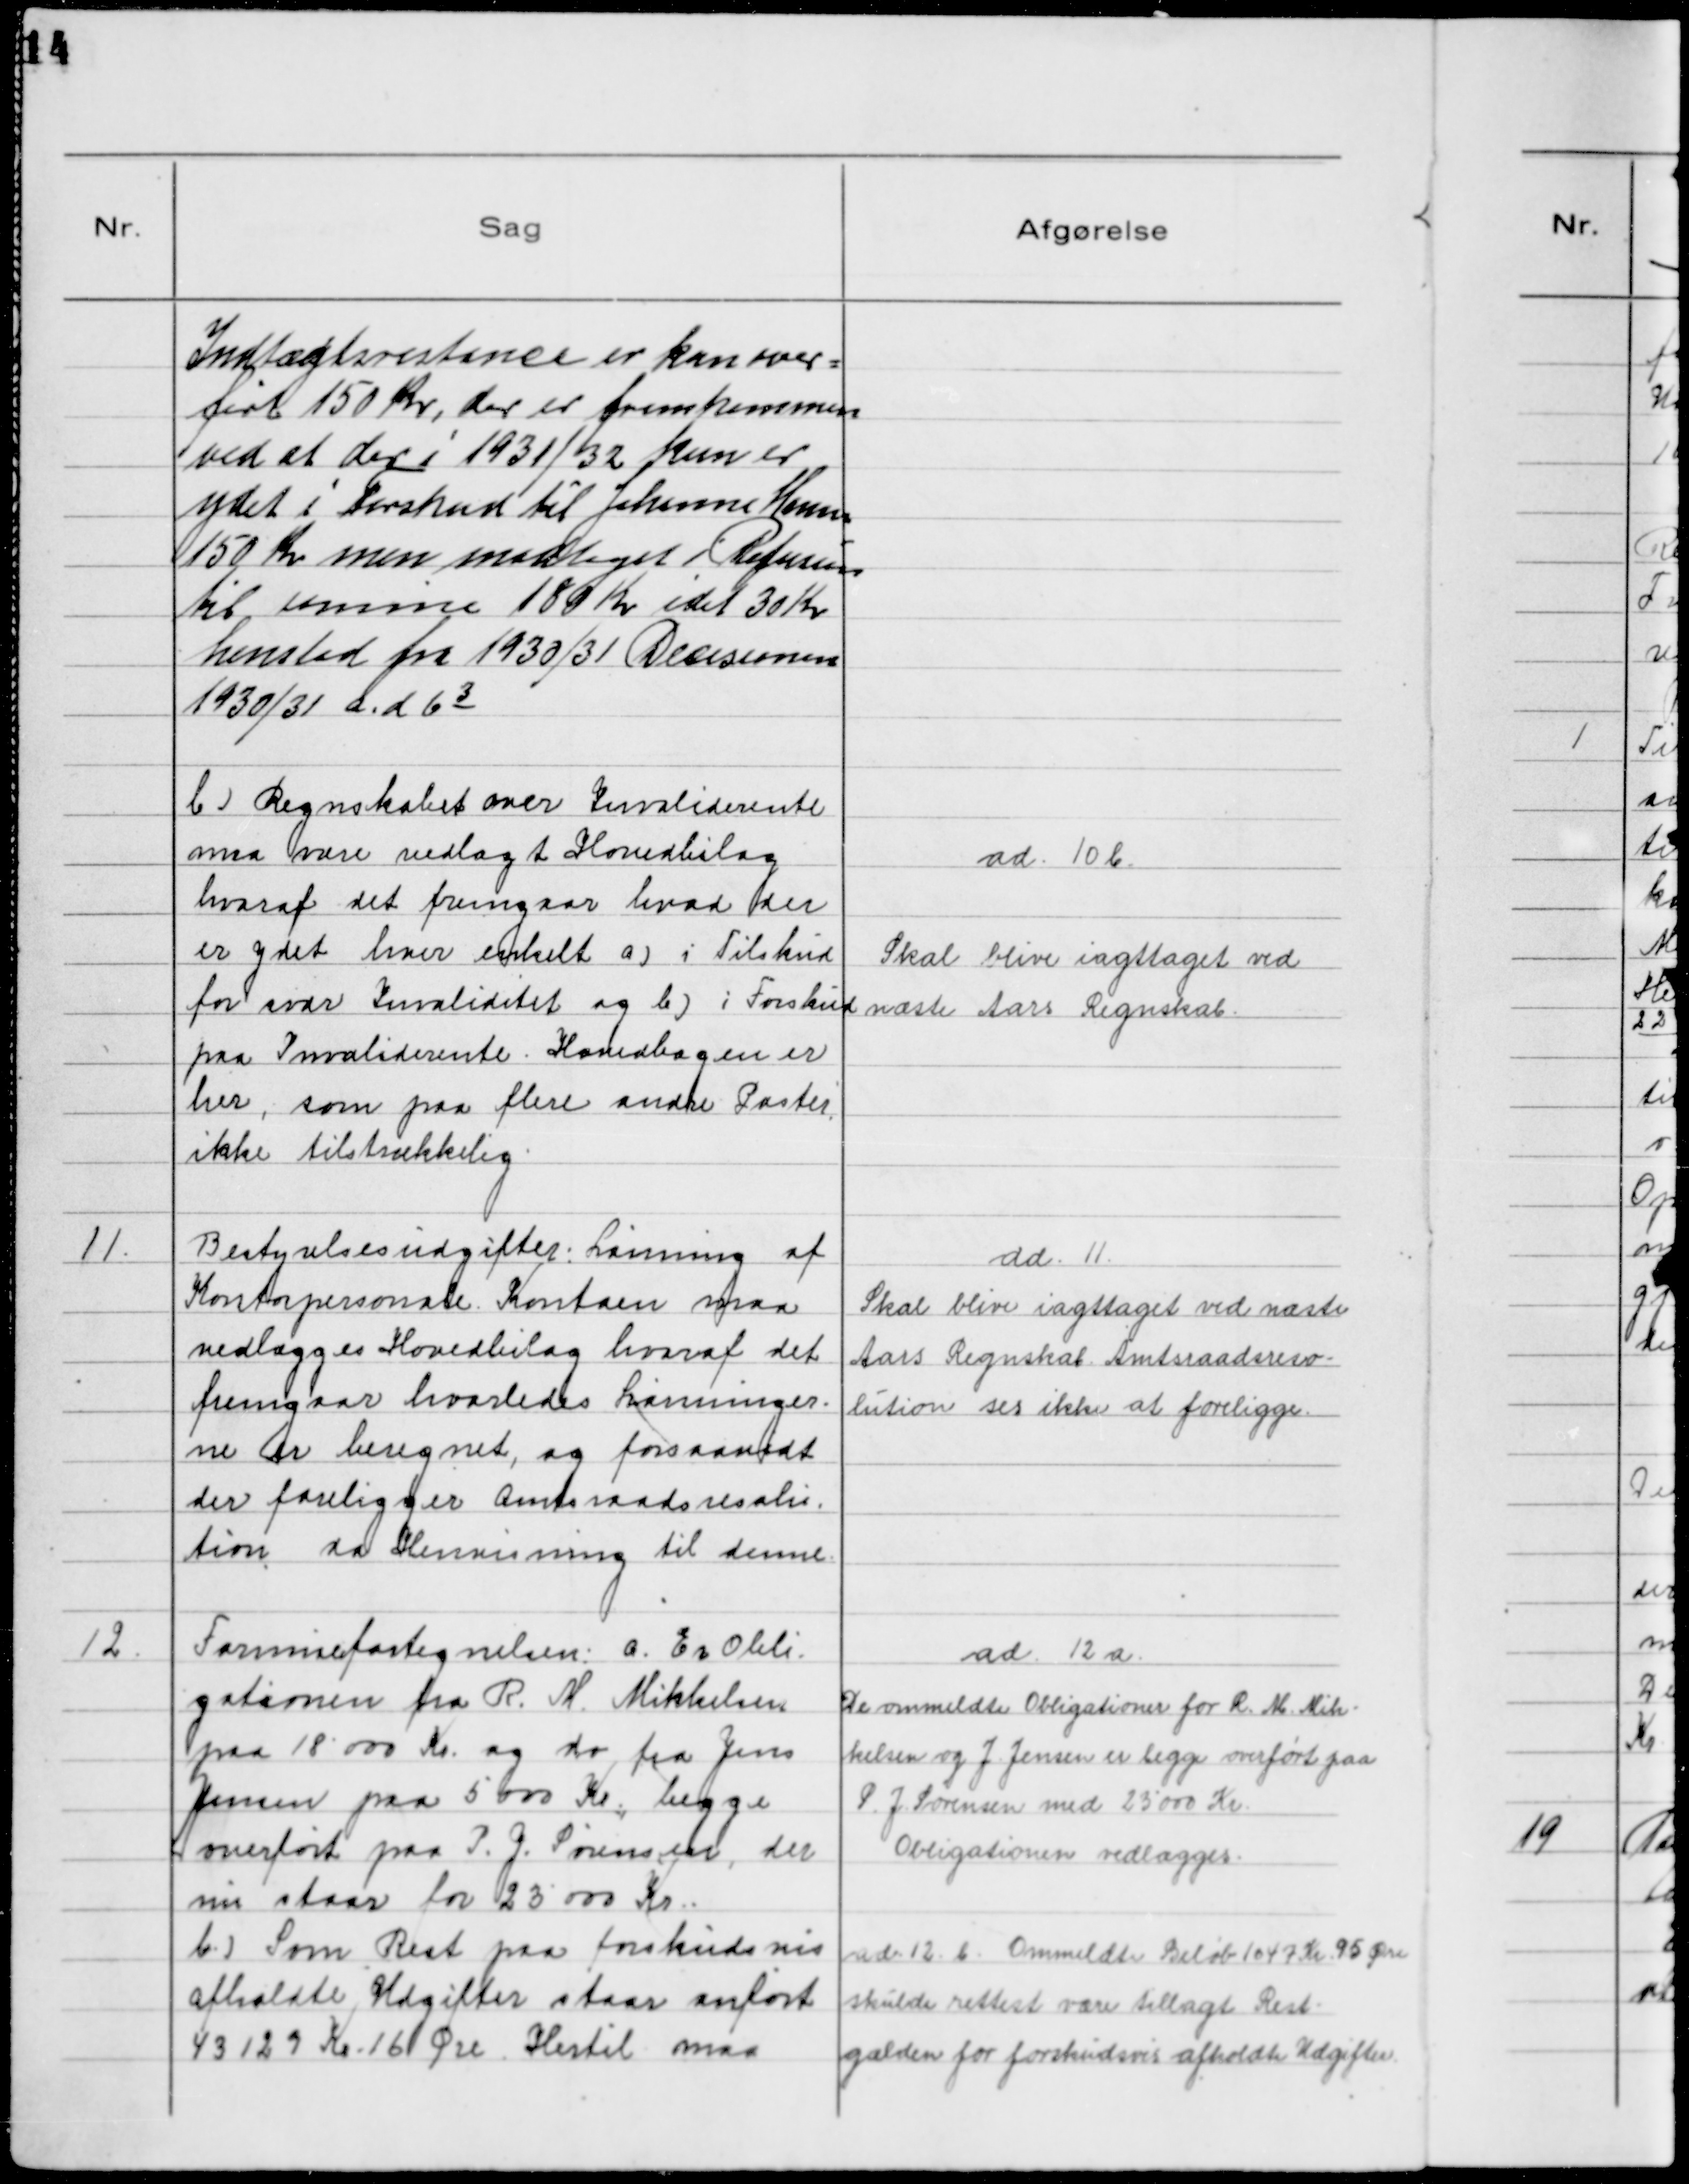
Transskription:
Indtægtsrestance er kun over-
ført 150 Kr, der er fremkommen
ved at der i 1931/32 kun er
ydet i Forskud til Johanne Hansen
150 Kr men medtaget i Refusion
til samme 180 Kr idet 30 Kr
henstod fra 1930/31 Decisionen
1930/31 a. d 6 3

b)Regnskabet over Invaliderente
maa være vedlagt Hovedbilag
hvoraf det fremgaar hvad der
er ydet hver enkelt a)i Tilskud
for svær Invaliditet og b)i Forskud
paa Invaliderente. Hovedbogen er
her, som paa flere andre Poster
ikke tilstrækkelig

ad. 10b.
Skal blive iagttaget ved
næste Aars Regnskab.

11.
Bestyrelsesudgifter: Lønning af
Kontorpersonale. Kontoen maa
vedlægges Hovedbilag hvoraf det
fremgaar hvorledes Lønninger-
ne er beregnet, og forsaavidt
der foreligger Amtsraadsresolu
tion da Henvisning til denne

ad. 11.
Skal blive iagttaget ved næste
Aars Regnskab. Amtsraadsreso-
lution ses ikke at foreligge.

12.
Formuefortegnelsen: a. Er Obli
gationen fra R. M. Mikkelsen
paa 18000 Kr. og do fra Jens
Jensen paa 5000 Kr begge
overført paa P.G. Sørensen, der
nu staar for 23000 Kr.
b.)Som Rest paa forskudsvis
afholdte Udgifter staar anført
43129 Kr. 16 Øre. Hertil maa

ad. 12a.
De ommeldte Obligationer for R. M. Mik-
kelsen og J. Jensen er begge overført paa
P. J. Sørensen med 23000 Kr.
Obligationen vedlægges.
ad. 12. b. Ommeldte Beløb 1047 Kr 95 Øre
skulde rettest være tillagt Rest-
gælden for forskudsvis afholdte Udgifter.